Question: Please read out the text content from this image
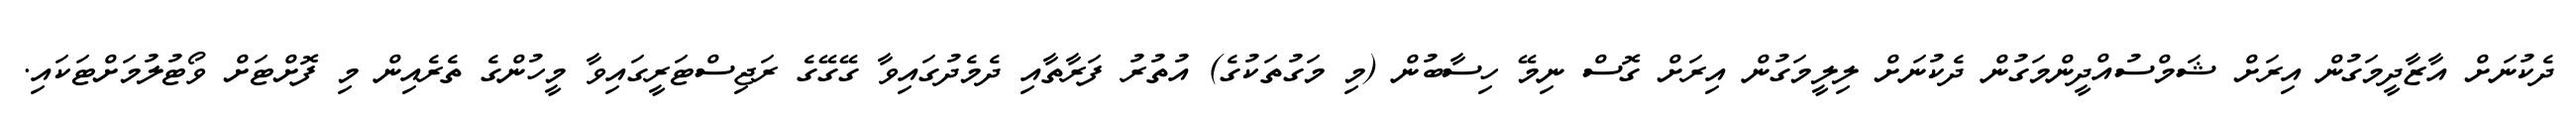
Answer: ދެކުނަށް އާޒާދީމަގުން އިރަށް ޝަމްސުއްދީންމަގުން ދެކުނަށް ލިލީމަގުން އިރަށް ގޮސް ނިމޭ ހިސާބުން (މި މަގުތަކުގެ) އުތުރު ފަރާތާއި ދެމެދުގައިވާ ގޭގޭގެ ރަޖިސްޓަރީގައިވާ މީހުންގެ ތެރެއިން މި ފޮށްޓަށް ވޯޓުލުމަށްޓަކައި.